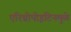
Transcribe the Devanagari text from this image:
एरिथ्रोपोइटिनमुळे